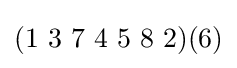
(1~3~7~4~5~8~2)(6)